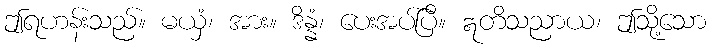
ဤရဟန်းသည်။ မယှံ၊ အား။ ဒိန္နံ၊ ပေးအပ်ပြီ။ ဣတိသညာယ၊ ဤသို့သော